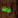
خطر